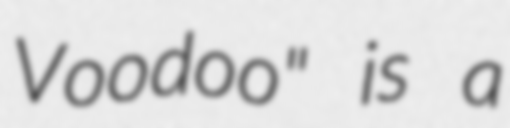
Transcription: Voodoo" is a